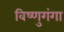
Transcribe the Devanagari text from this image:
विष्णुगंगा